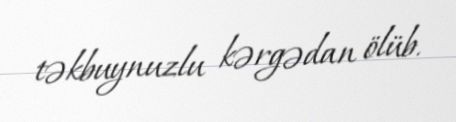
təkbuynuzlu kərgədan ölüb.